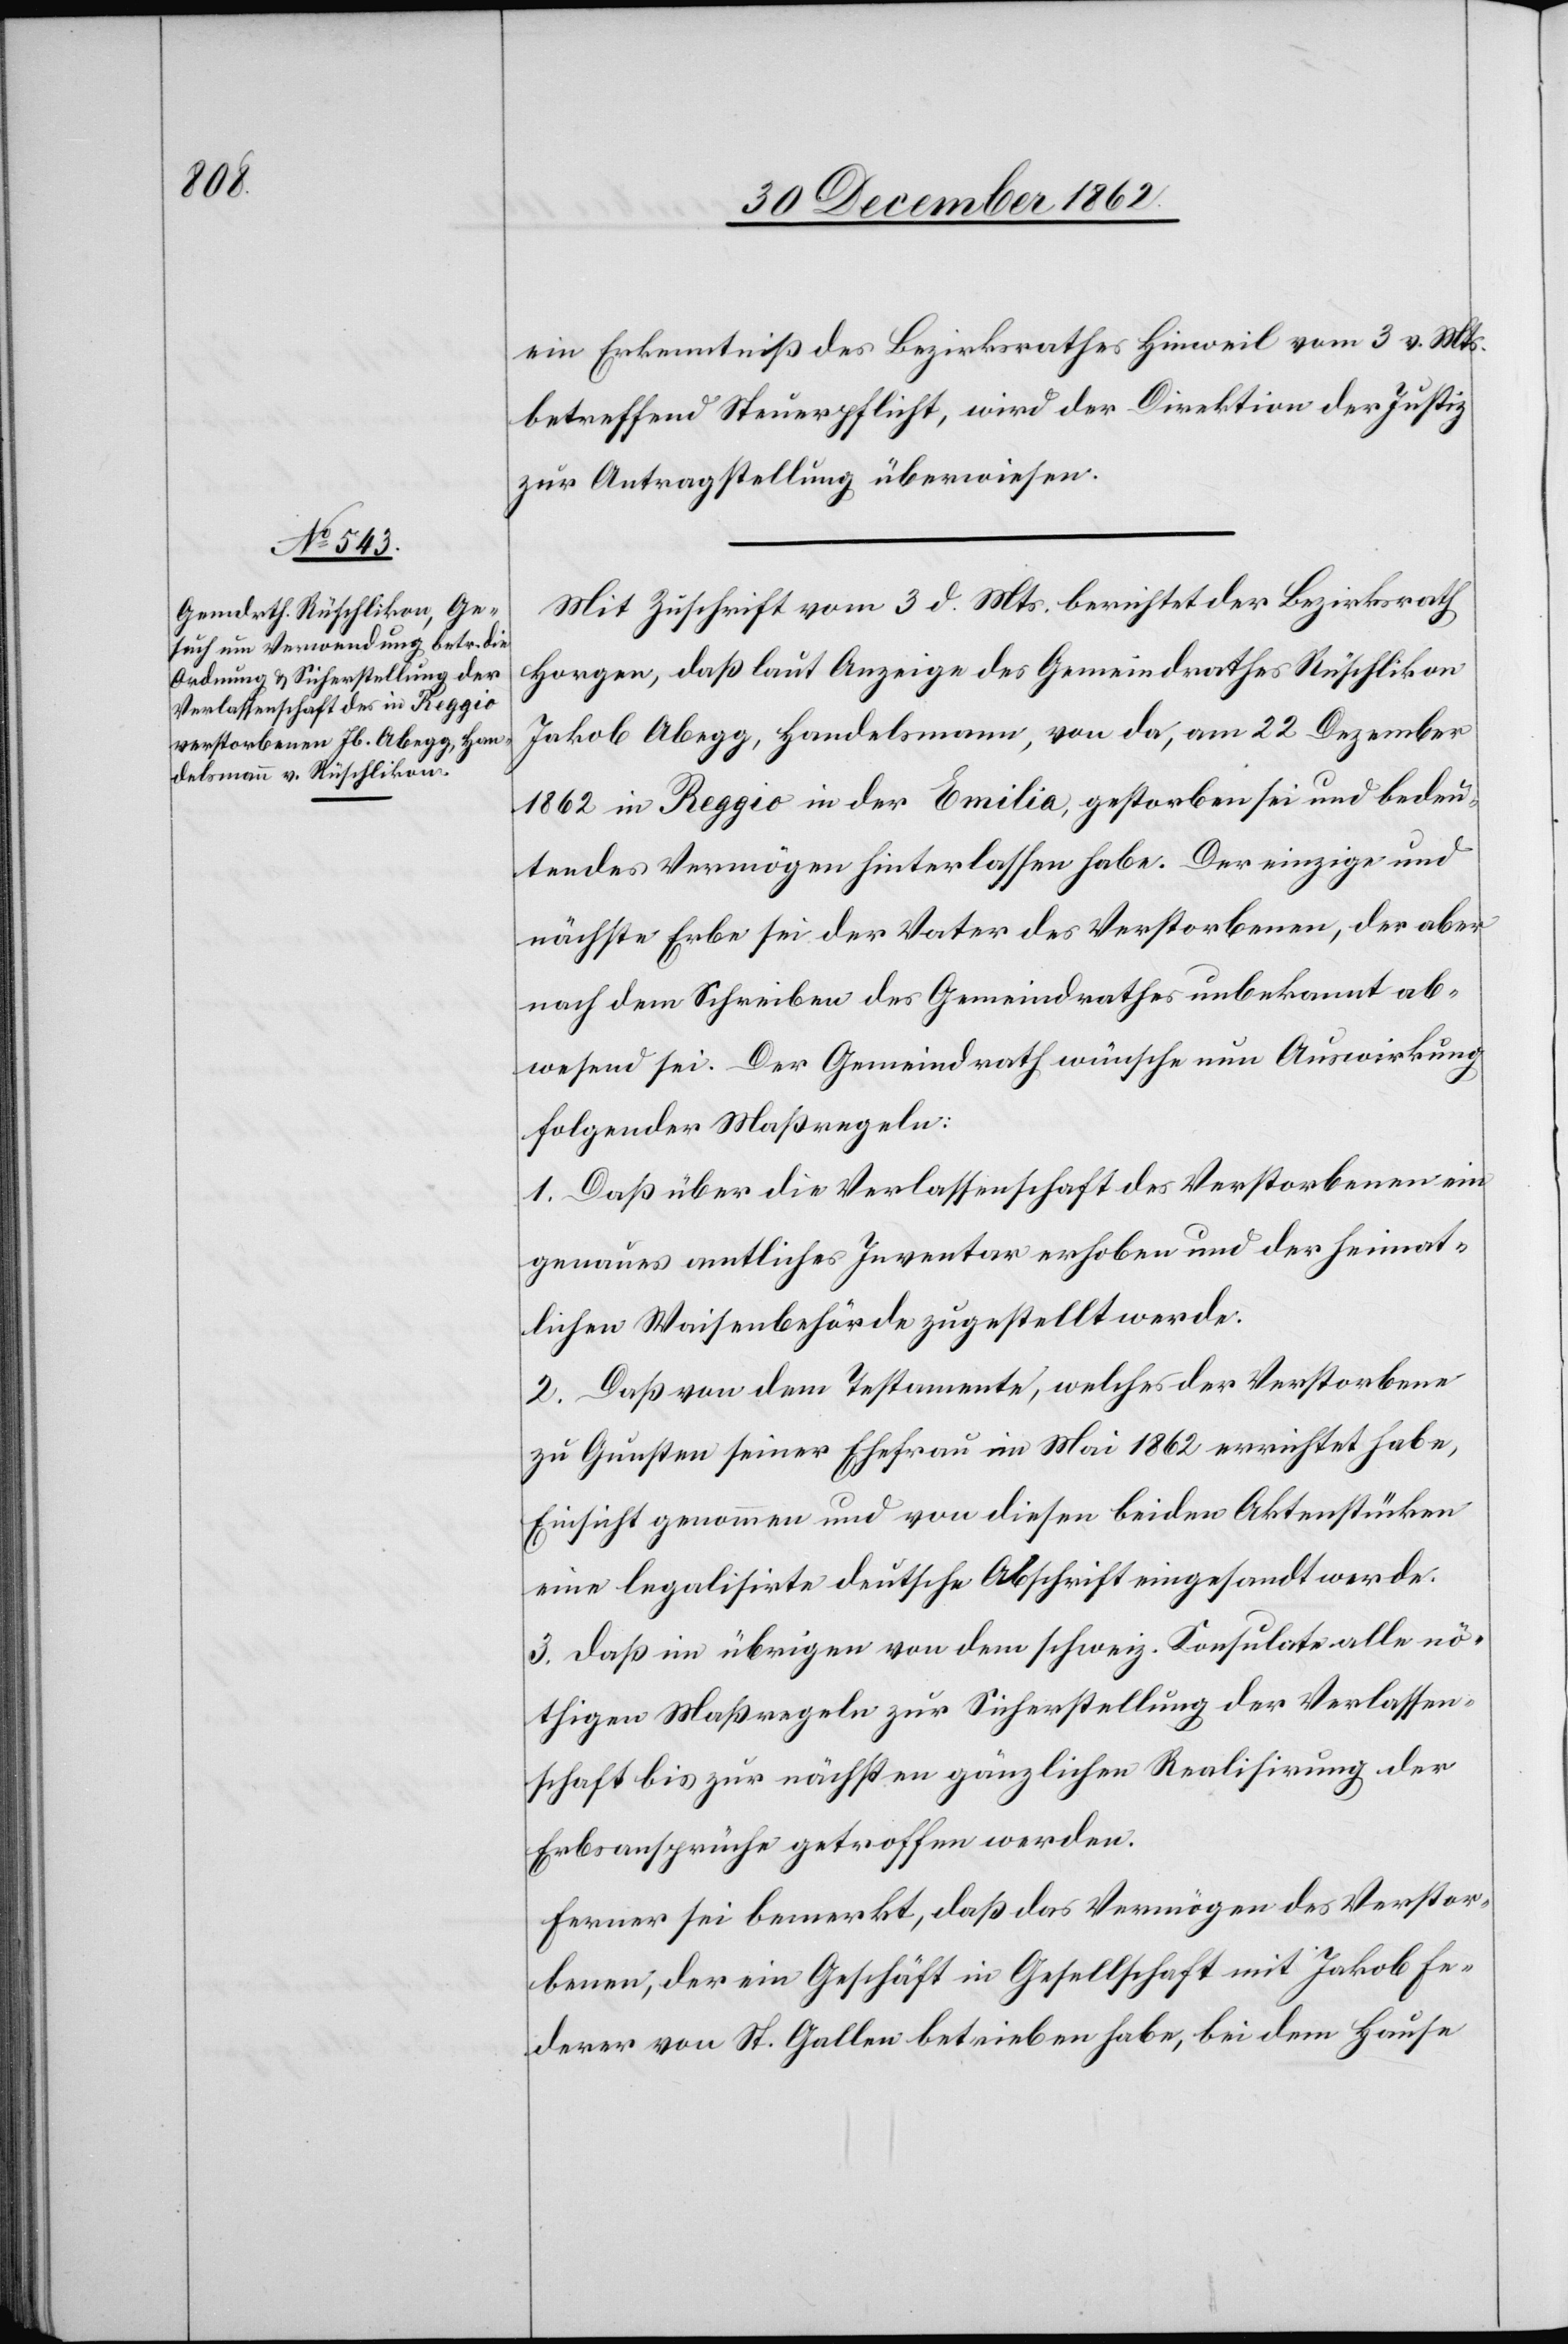
1863.]

ein Erkenntniß des Bezirksrathes Hinweil vom 3. v. Mts.
betreffend Steuerpflicht, wird der Direktion der Justiz
zur Antragstellung überwiesen.
Mit Zuschrift vom 3. d. Mts. berichtet der Bezirksrath
Horgen, daß laut Anzeige des Gemeindrathes Rüschlikon
Jakob Abegg, Handelsmann, von da, am 22. Dezember
1862 in Reggio in der Emilia, gestorben sei und bedeu¬
tendes Vermögen hinterlassen habe. Der einzige und
nächste Erbe sei der Vater des Verstorbenen, der aber
nach dem Schreiben des Gemeindrathes unbekannt ab¬
wesend sei. Der Gemeindrath wünsche nun Auswirkung
folgender Maßregeln:
1. Daß über die Verlassenschaft des Verstorbenen ein
genaues amtliches Inventar erhoben und der heimat¬
lichen Waisenbehörde zugestellt werde.
2. Daß von dem Testamente, welches der Verstorbene
zu Gunsten seiner Ehefrau im Mai 1862 errichtet habe,
Einsicht genommen und von diesen beiden Aktenstücken
eine legalisirte deutsche Abschrift eingesandt werde.
3. Daß im übrigen von dem schweiz. Konsulate alle nö¬
thigen Maßregeln zur Sicherstellung der Verlassen¬
schaft bis zur nächsten gänzlichen Realisirung der
Erbsansprüche getroffen werden.
Ferner sei bemerkt, daß das Vermögen des Verstor¬
benen, der ein Geschäft in Gesellschaft mit Jakob Fe¬
derer von St. Gallen betrieben habe, bei dem Hause